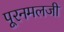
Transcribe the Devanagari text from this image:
पूरनमलजी